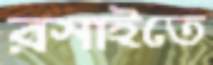
রসাইতে